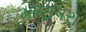
માણપરા